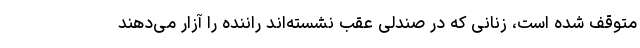
متوقف شده است، زنانی که در صندلی عقب نشسته‌اند راننده را آزار می‌دهند